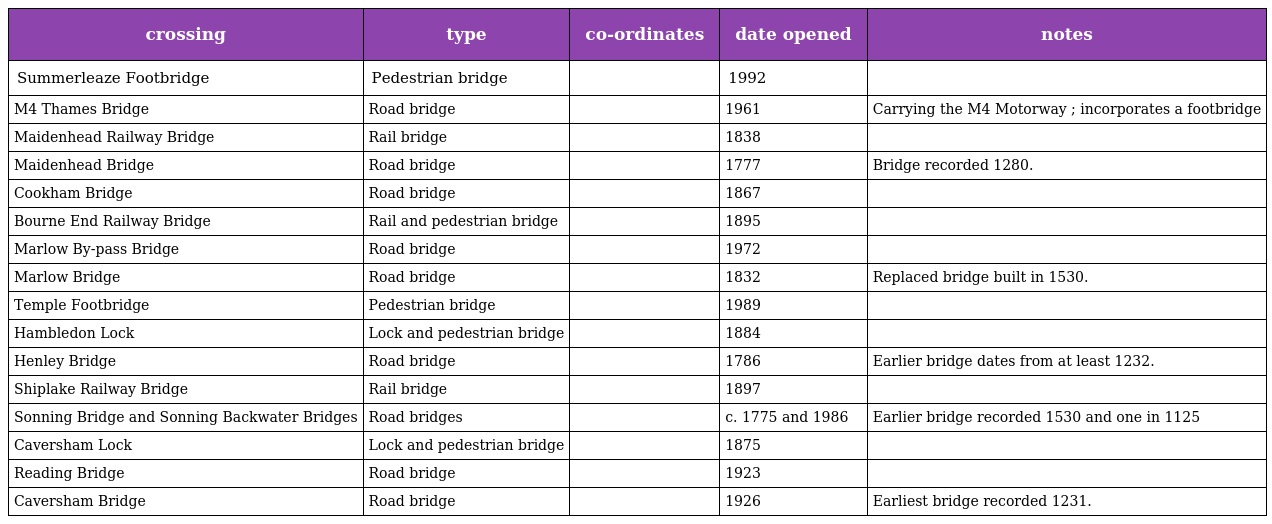
| crossing | type | co-ordinates | date opened | notes |
 | --- | --- | --- | --- | --- |
 | Summerleaze Footbridge | Pedestrian bridge |  | 1992 |  |
 | M4 Thames Bridge | Road bridge |  | 1961 | Carrying the M4 Motorway ; incorporates a footbridge |
 | Maidenhead Railway Bridge | Rail bridge |  | 1838 |  |
 | Maidenhead Bridge | Road bridge |  | 1777 | Bridge recorded 1280. |
 | Cookham Bridge | Road bridge |  | 1867 |  |
 | Bourne End Railway Bridge | Rail and pedestrian bridge |  | 1895 |  |
 | Marlow By-pass Bridge | Road bridge |  | 1972 |  |
 | Marlow Bridge | Road bridge |  | 1832 | Replaced bridge built in 1530. |
 | Temple Footbridge | Pedestrian bridge |  | 1989 |  |
 | Hambledon Lock | Lock and pedestrian bridge |  | 1884 |  |
 | Henley Bridge | Road bridge |  | 1786 | Earlier bridge dates from at least 1232. |
 | Shiplake Railway Bridge | Rail bridge |  | 1897 |  |
 | Sonning Bridge and Sonning Backwater Bridges | Road bridges |  | c. 1775 and 1986 | Earlier bridge recorded 1530 and one in 1125 |
 | Caversham Lock | Lock and pedestrian bridge |  | 1875 |  |
 | Reading Bridge | Road bridge |  | 1923 |  |
 | Caversham Bridge | Road bridge |  | 1926 | Earliest bridge recorded 1231. |